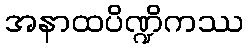
အနာထပိဏ္ဍိကဿ